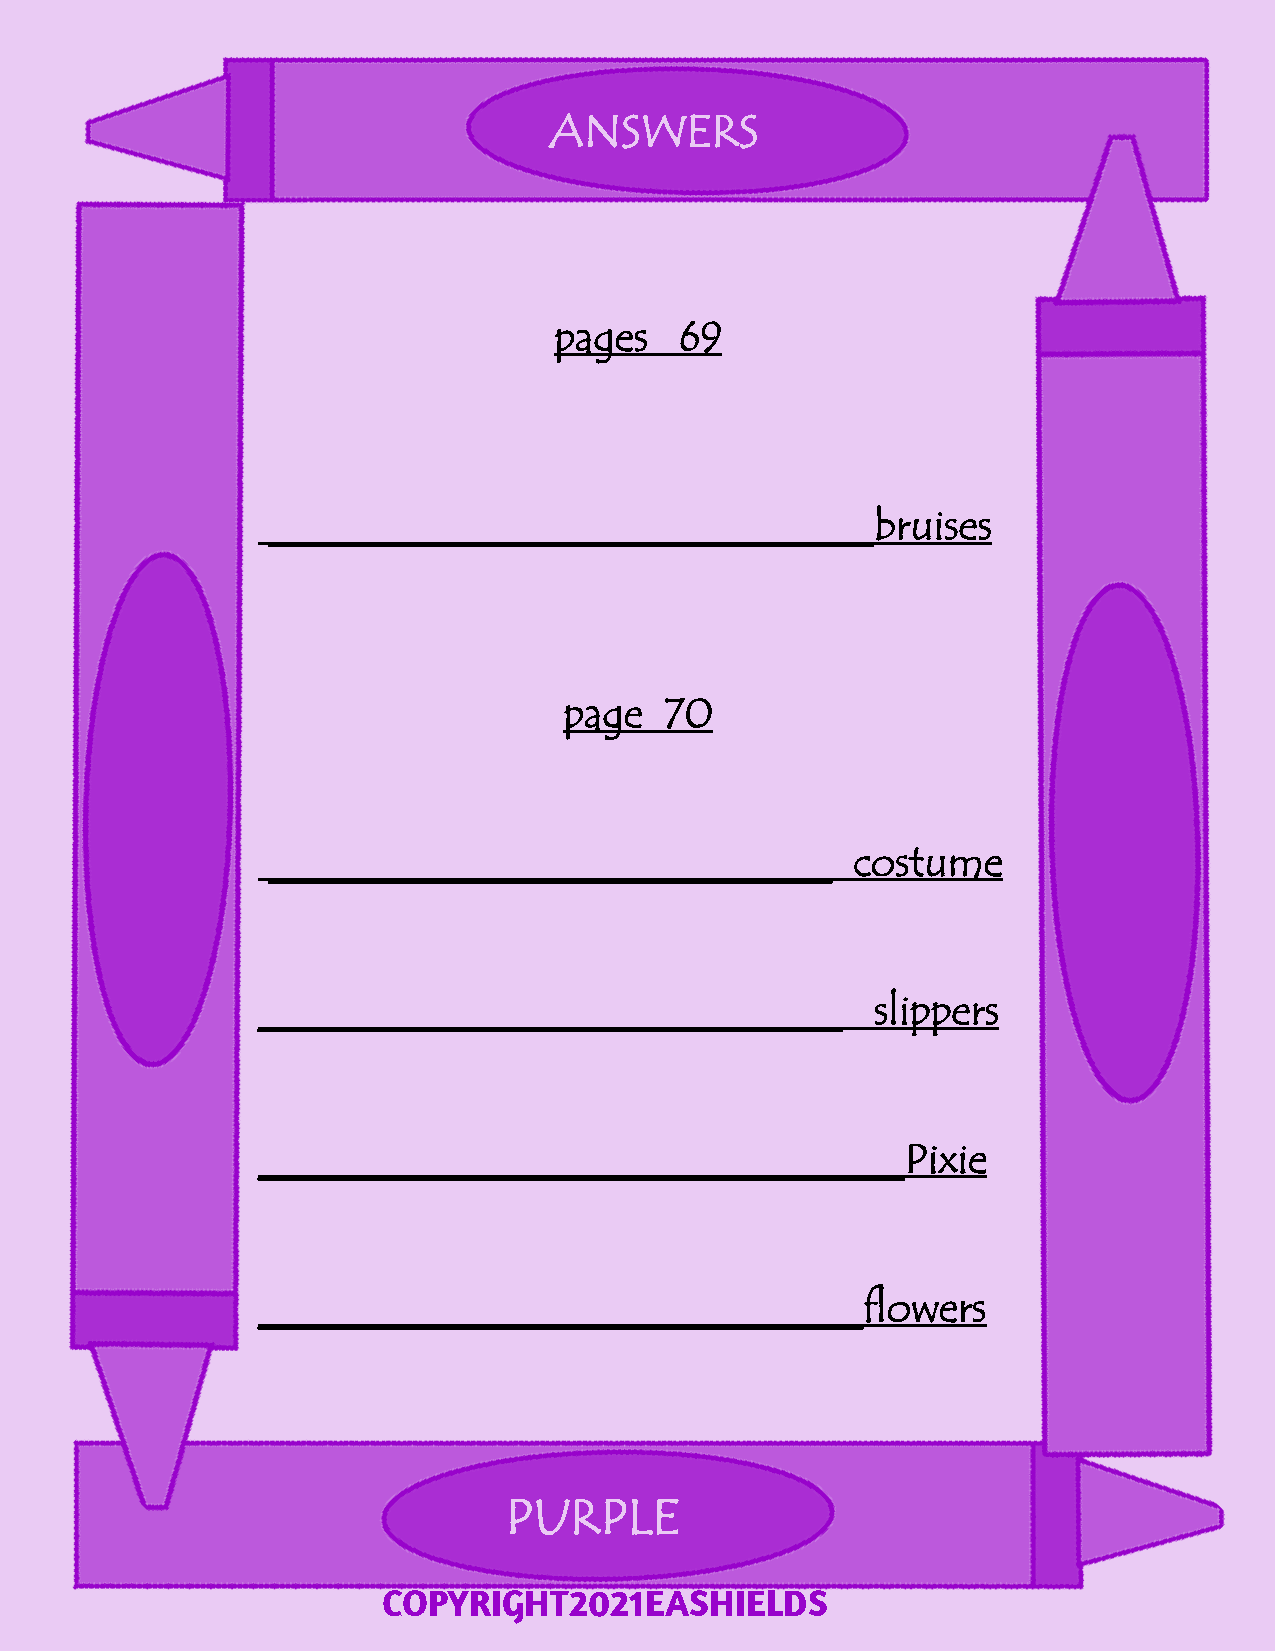
ANSWERS
 pages   69
 _____________________________bruises
 page   70
 ___________________________           costume
 ____________________________             slippers
 _______________________________Pixie
 _____________________________flowers
 PURPLE
 COPYRIGHT2021EASHIELDS